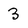
Character: 3